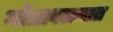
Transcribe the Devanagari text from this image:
गोतावळ्यात